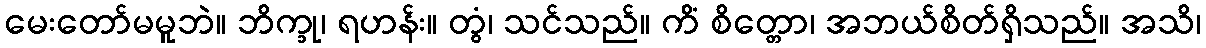
မေးတော်မမူဘဲ။ ဘိက္ခု၊ ရဟန်း။ တွံ၊ သင်သည်။ ကိံ စိတ္တော၊ အဘယ်စိတ်ရှိသည်။ အသိ၊